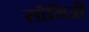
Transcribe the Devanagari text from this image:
सौमित्री